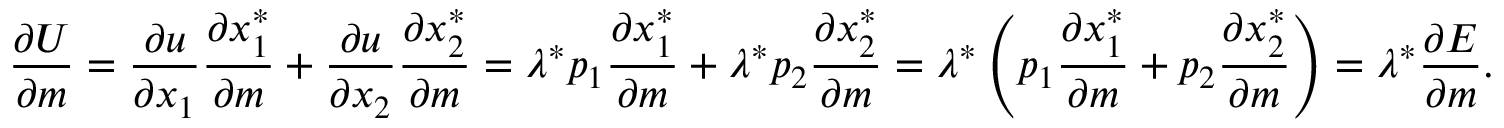
\, \! { \frac { \partial U } { \partial m } } = { \frac { \partial u } { \partial x _ { 1 } } } { \frac { \partial x _ { 1 } ^ { * } } { \partial m } } + { \frac { \partial u } { \partial x _ { 2 } } } { \frac { \partial x _ { 2 } ^ { * } } { \partial m } } = \lambda ^ { * } p _ { 1 } { \frac { \partial x _ { 1 } ^ { * } } { \partial m } } + \lambda ^ { * } p _ { 2 } { \frac { \partial x _ { 2 } ^ { * } } { \partial m } } = \lambda ^ { * } \left( p _ { 1 } { \frac { \partial x _ { 1 } ^ { * } } { \partial m } } + p _ { 2 } { \frac { \partial x _ { 2 } ^ { * } } { \partial m } } \right) = \lambda ^ { * } { \frac { \partial E } { \partial m } } .